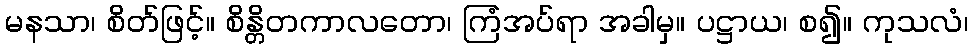
မနသာ၊ စိတ်ဖြင့်။ စိန္တိတကာလတော၊ ကြံအပ်ရာ အခါမှ။ ပဋ္ဌာယ၊ စ၍။ ကုသလံ၊